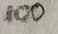
Text: 100